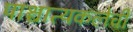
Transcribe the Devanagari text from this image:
पाश्चात्यकलेची